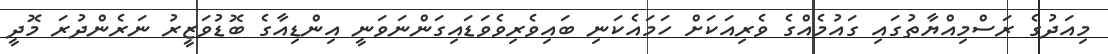
މިއަދުގެ ރަސްމިއްޔާތުގައި ގައުމެއްގެ ވެރިއަކަށް ހަމައެކަނި ބައިވެރިވެވަޑައިގަންނަވަނީ އިންޑިއާގެ ބޮޑުވަޒީރު ނަރެންދުރަ މޮދީ